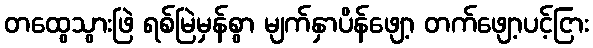
တထွေသွားဖြဲ ရစ်မြဲမှန်စွာ မျက်နှာပိန်ဖျော့ တက်ဖျော့ပင့်ငြား